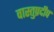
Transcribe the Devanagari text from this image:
वास्तुप्रदीप